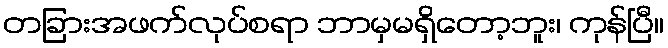
တခြားအဖက်လုပ်စရာ ဘာမှမရှိတော့ဘူး၊ ကုန်ပြီ။